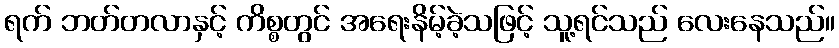
ရက် ဘတ်တလာနှင့် ကိစ္စတွင် အရေးနိမ့်ခဲ့သဖြင့် သူ့ရင်သည် လေးနေသည်။